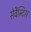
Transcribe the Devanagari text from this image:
सेर्वैन्टिस